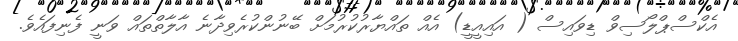
އެކްސްޕްލޯސިވް ޑިވައިސް ( އައިއީޑީ) އެއް ތައްޔާރުކުރުމަށް ބޭނުންކުރެވިދާނެ އާލާތްތައް ވަނީ ފެނިފައެވެ.